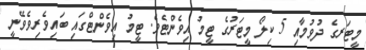
މީޓަރގެ ދުވުމާއި 5 ކިލޯ މީޓަރުގެ ޓީމު އިވެންޓެވެ. ޓީމު އިވެންޓްގައި ބައިވެރިވެވޭނީ